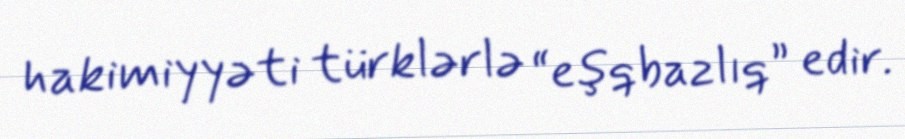
hakimiyyəti türklərlə “eşqbazlıq” edir.